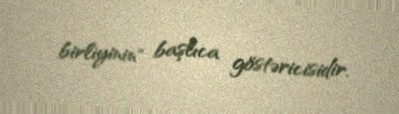
birliyinin" başlıca göstəricisidir.